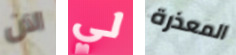
الآن لي المعذرة